Report on plague in the Punjab from October 1st ... to September 30th ..., being the ... season of plague in the province
Disease focus: Plague
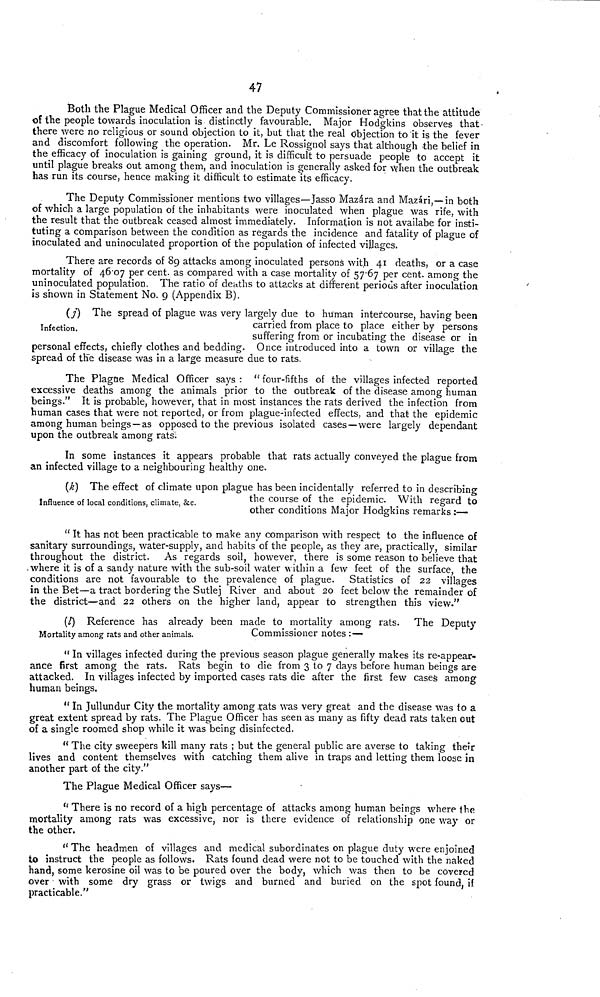
47
Both the Plague Medical Officer and the Deputy Commissioner agree that the attitude
of the people towards inoculation is distinctly favourable. Major Hodgkins observes that
there were no religious or sound objection to it, but that the real Objection to it is the fever
and discomfort following the operation. Mr. Le Rossignol says that although the belief in
the efficacy of inoculation is gaining ground, it is difficult to persuade people to accept it
until plague breaks out among them, and inoculation is generally asked for when the outbreak
has run its course, hence making it difficult to estimate its efficacy.
The Deputy Commissioner mentions two villages—Jasso Mazára and Mazári,— in both
of which a large population of the inhabitants were inoculated when plague was rife, with
the result that the outbreak ceased almost immediately. Information is not availabe for insti-
tuting a comparison between the condition as regards the incidence and fatality of plague of
inoculated and uninoculated proportion of the population of infected villages.
There are records of 89 attacks among inoculated persons with 41 deaths, or a case
mortality of 4607 per cent, as compared with a case mortality of 57-67 per cent, among the
uninoculated population. The ratio of deaths to attacks at different periods after inoculation
is shown in Statement No. 9 (Appendix B).
(j) The spread of plague was very largely due to human intercourse, having been
Infection
carried from place to place either by persons
suffering from or incubating the disease or in
personal effects, chiefly clothes and bedding. Once introduced into a town or village the
spread of the disease was in a large measure due to rats.
The Plagne Medical Officer says : " four-fifths of the villages infected reported
excessive deaths among the animals prior to the outbreak of the disease among human
beings." It is probable, however, that in most instances the rats derived the infection from
human cases that were not reported, or from plague-infected effects, and that the epidemic
among human beings —as opposed to the previous isolated cases—were largely dependant
upon the outbreak among rats.
In some instances it appears probable that rats actually conveyed the plague from
an infected village to a neighbouring healthy one.
(k) The effect of climate upon plague has been incidentally referred to in describing
Influence of local conditions, climate, &c
the
course of the epidemic. With regard to
other conditions Major Hodgkins remarks :—
" It has not been practicable to make any comparison with respect to the influence of
sanitary surroundings, water-supply, and habits of the people, as they are, practically, similar
throughout the district. As regards soil, however, there is some reason to believe that
.where it is of a sandy nature with the sub-soil water within a few feet of the surface, the
conditions are not favourable to the prevalence of plague. Statistics of 22 villages
in the Bet—a tract bordering the Sutlej River and about 20 feet below the remainder of
the district—and 22 others on the higher land, appear to strengthen this view."
(l) Reference has already been made to mortality among rats. The Deputy
Mortality among rats and other animals.
Commissioner notes : —
" In villages infected during the previous season plague generally makes its re-appear-
ance first among the rats. Rats begin to die from 3 to 7 days before human beings are
attacked. In villages infected by imported cases rats die after the first few cases among
human beings.
" In Jullundur City the mortality among rats was very great and the disease was to a
great extent spread by rats. The Plague Officer has seen as many as fifty dead rats taken out
of a single roomed shop while it was being disinfected.
" The city sweepers kill many rats ; but the general public are averse to taking their
lives and content themselves with catching them alive in traps and letting them loose in
another part of the city."
The Plague Medical Officer says—
" There is no record of a high percentage of attacks among human beings where the
mortality among rats was excessive, nor is there evidence of relationship one way or
the other.
" The headmen of villages and medical subordinates on plague duty were enjoined
to instruct the people as follows. Rats found dead were not to be touched with the naked
hand, some kerosine oil was to be poured over the body, which was then to be covered
over with some dry grass or twigs and burned and buried on the spot found, if
practicable."